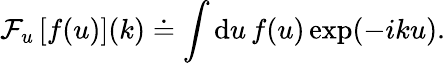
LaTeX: \mathcal{F}_{u}\left[f(u)\right](k)\doteq\int\mathrm{d}u\, f(u)\exp(-iku).